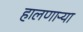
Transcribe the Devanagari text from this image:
हालणाऱ्या